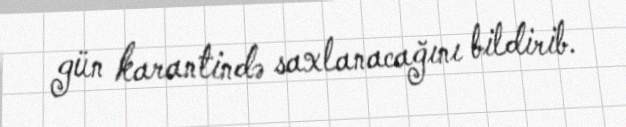
gün karantində saxlanacağını bildirib.